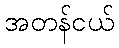
အတန်ငယ်